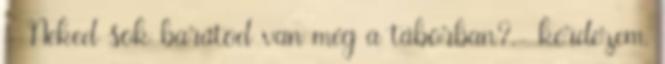
- Neked sok barátod van még a táborban?.- kérdezem,